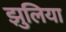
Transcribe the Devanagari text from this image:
झुलिया